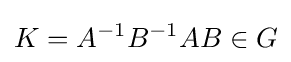
K=A^{-1}B^{-1}AB\in G